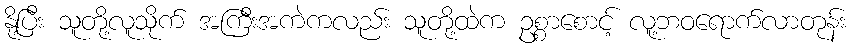
နို့ပြီး သူတို့လူသိုက် အကြီးအကဲကလည်း သူတို့ထဲက ဥစ္စာစောင့် လူ့ဘဝရောက်လာတုန်း